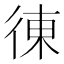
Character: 𢔅